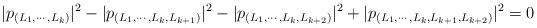
LaTeX: \begin{align*}|p_{(L_1,\cdots,L_k)}|^2-|p_{(L_1,\cdots,L_k,L_{k+1})}|^2-|p_{(L_1,\cdots,L_k,L_{k+2})}|^2+|p_{(L_1,\cdots,L_k,L_{k+1},L_{k+2})}|^2=0\end{align*}